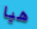
هيا